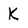
Character: K